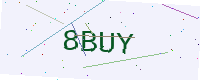
Text: 8BUY